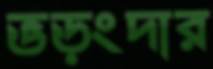
ভড়ংদার